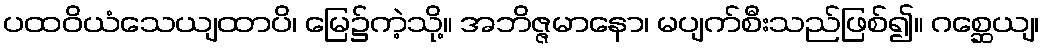
ပထဝိယံသေယျထာပိ၊ မြေ၌ကဲ့သို့။ အဘိဇ္ဇမာနော၊ မပျက်စီးသည်ဖြစ်၍။ ဂစ္ဆေယျ၊